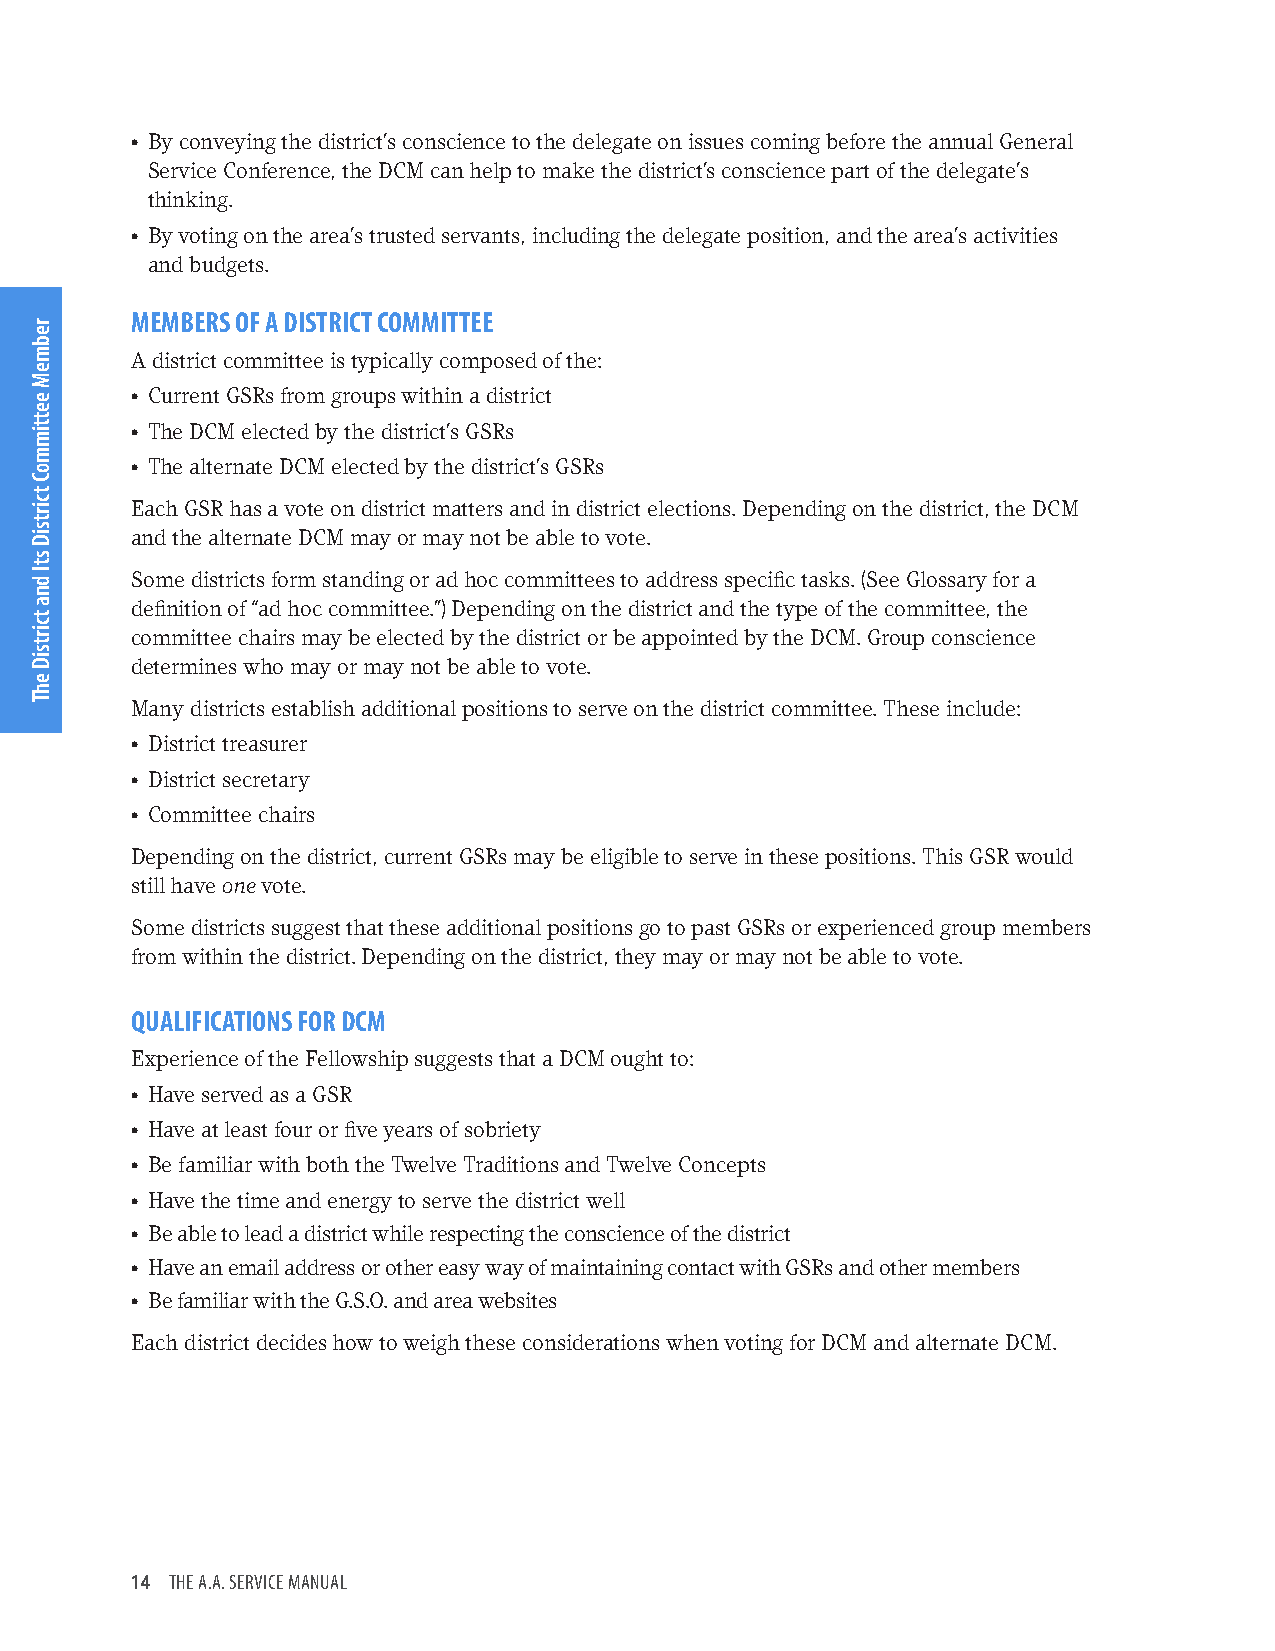
• By conveying the district’s conscience to the delegate on issues coming before the annual General
 Service Conference, the DCM can help to make the district’s conscience part of the delegate’s
 thinking.
 • By voting on the area’s trusted servants, including the delegate position, and the area’s activities
 and budgets.
 MEMBERS OF A DISTRICT COMMITTEE
 A district committee is typically composed of the:
 • Current GSRs from groups within a district
 • The DCM elected by the district’s GSRs
 • The alternate DCM elected by the district’s GSRs
 Each GSR has a vote on district matters and in district elections. Depending on the district, the DCM
 and the alternate DCM may or may not be able to vote.
 Some districts form standing or ad hoc committees to address specific tasks. (See Glossary for a
 definition of “ad hoc committee.”) Depending on the district and the type of the committee, the
 committee chairs may be elected by the district or be appointed by the DCM. Group conscience
 determines who may or may not be able to vote.
 Many districts establish additional positions to serve on the district committee. These include:
 • District treasurer
 • District secretary
 • Committee chairs
 Depending on the district, current GSRs may be eligible to serve in these positions. This GSR would
 still have one vote.
 Some districts suggest that these additional positions go to past GSRs or experienced group members
 from within the district. Depending on the district, they may or may not be able to vote.
 QUALIFICATIONS FOR DCM
 Experience of the Fellowship suggests that a DCM ought to:
 • Have served as a GSR
 • Have at least four or five years of sobriety
 • Be familiar with both the Twelve Traditions and Twelve Concepts
 • Have the time and energy to serve the district well
 • Be able to lead a district while respecting the conscience of the district
 • Have an email address or other easy way of maintaining contact with GSRs and other members
 • Be familiar with the G.S.O. and area websites
 Each district decides how to weigh these considerations when voting for DCM and alternate DCM.
 14 THE A.A. SERVICE MANUAL
 rebmeM
 eettimmoC
 tcirtsiD
 stI
 dna
 tcirtsiD
 ehT